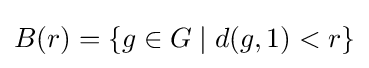
B(r)=\{g\in G\mid d(g,1)<r\}